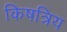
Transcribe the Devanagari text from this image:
किषत्रिय